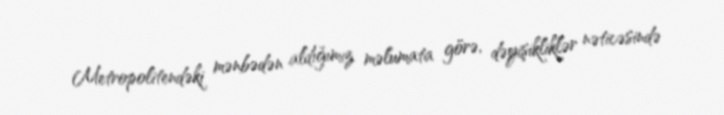
Metropolitendəki mənbədən aldığımız məlumata görə, dəyişikliklər nəticəsində